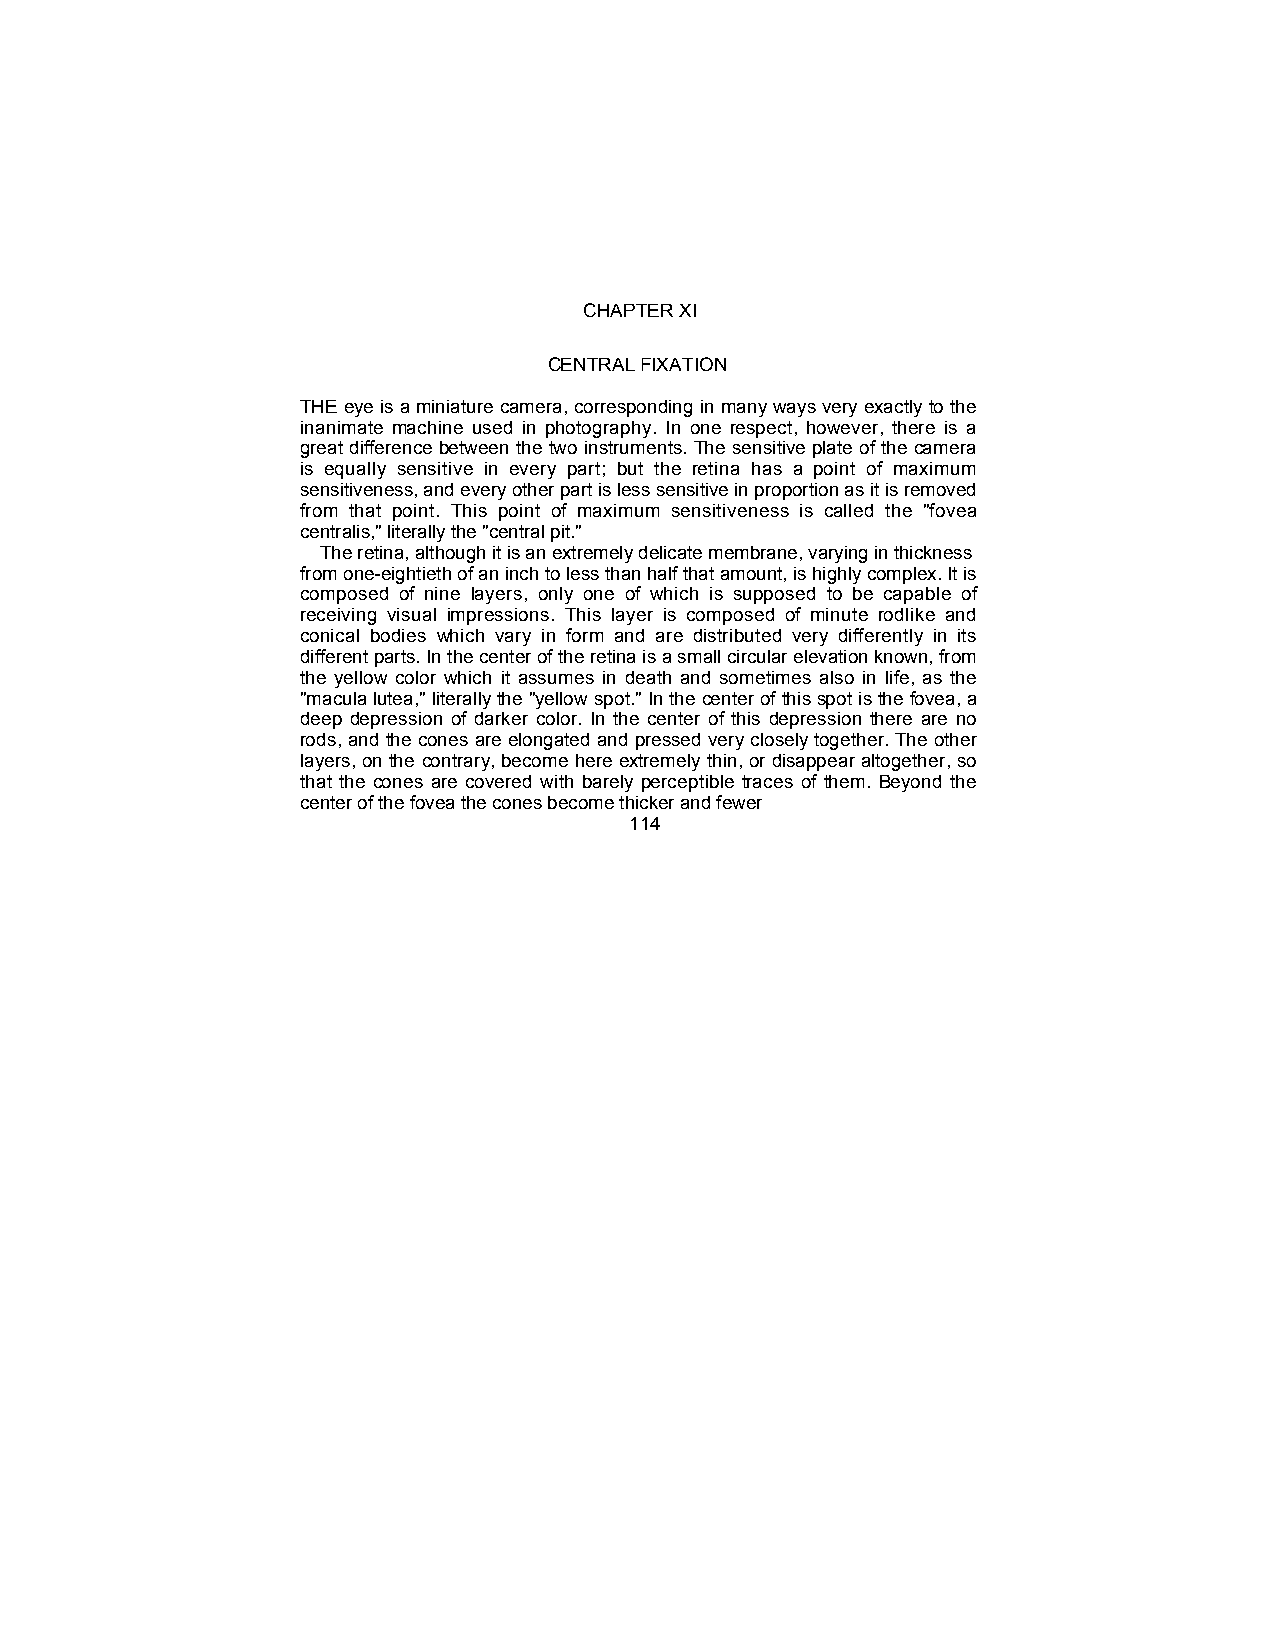
CHAPTER XI
 CENTRAL FIXATION
 THE eye is a miniature camera, corresponding in many ways very exactly to the
 inanimate machine used in photography. In one respect, however, there is a
 great difference between the two instruments. The sensitive plate of the camera
 is equally sensitive in every part; but the retina has a point of maximum
 sensitiveness, and every other part is less sensitive in proportion as it is removed
 from that point. This point of maximum sensitiveness is called the "fovea
 centralis," literally the "central pit."
 The retina, although it is an extremely delicate membrane, varying in thickness
 from one-eightieth of an inch to less than half that amount, is highly complex. It is
 composed of nine layers, only one of which is supposed to be capable of
 receiving visual impressions. This layer is composed of minute rodlike and
 conical bodies which vary in form and are distributed very differently in its
 different parts. In the center of the retina is a small circular elevation known, from
 the yellow color which it assumes in death and sometimes also in life, as the
 "macula lutea," literally the "yellow spot." In the center of this spot is the fovea, a
 deep depression of darker color. In the center of this depression there are no
 rods, and the cones are elongated and pressed very closely together. The other
 layers, on the contrary, become here extremely thin, or disappear altogether, so
 that the cones are covered with barely perceptible traces of them. Beyond the
 center of the fovea the cones become thicker and fewer
 114